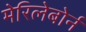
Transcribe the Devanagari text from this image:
मेरिलेबोर्न